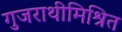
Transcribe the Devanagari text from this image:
गुजराथीमिश्रित